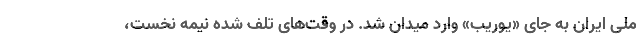
ملی ایران به جای «یوریب» وارد میدان شد. در وقت‌های تلف شده نیمه نخست،